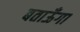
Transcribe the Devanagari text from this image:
बताऊँगा